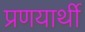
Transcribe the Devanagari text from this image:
प्रणयार्थी